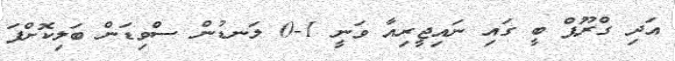
އަދި ގްރޫޕް ބީ ގައި ނައިޖީރިއާ ވަނީ 1-0 ލަނޑުން ސްވިޑަން ބަލިކޮށްފަ